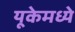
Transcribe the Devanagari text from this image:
यूकेमध्ये